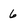
Character: 6